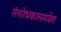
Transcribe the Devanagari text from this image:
संशोधकासमवेत